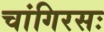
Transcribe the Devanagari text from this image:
चांगिरसः